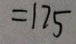
= 1 7 5